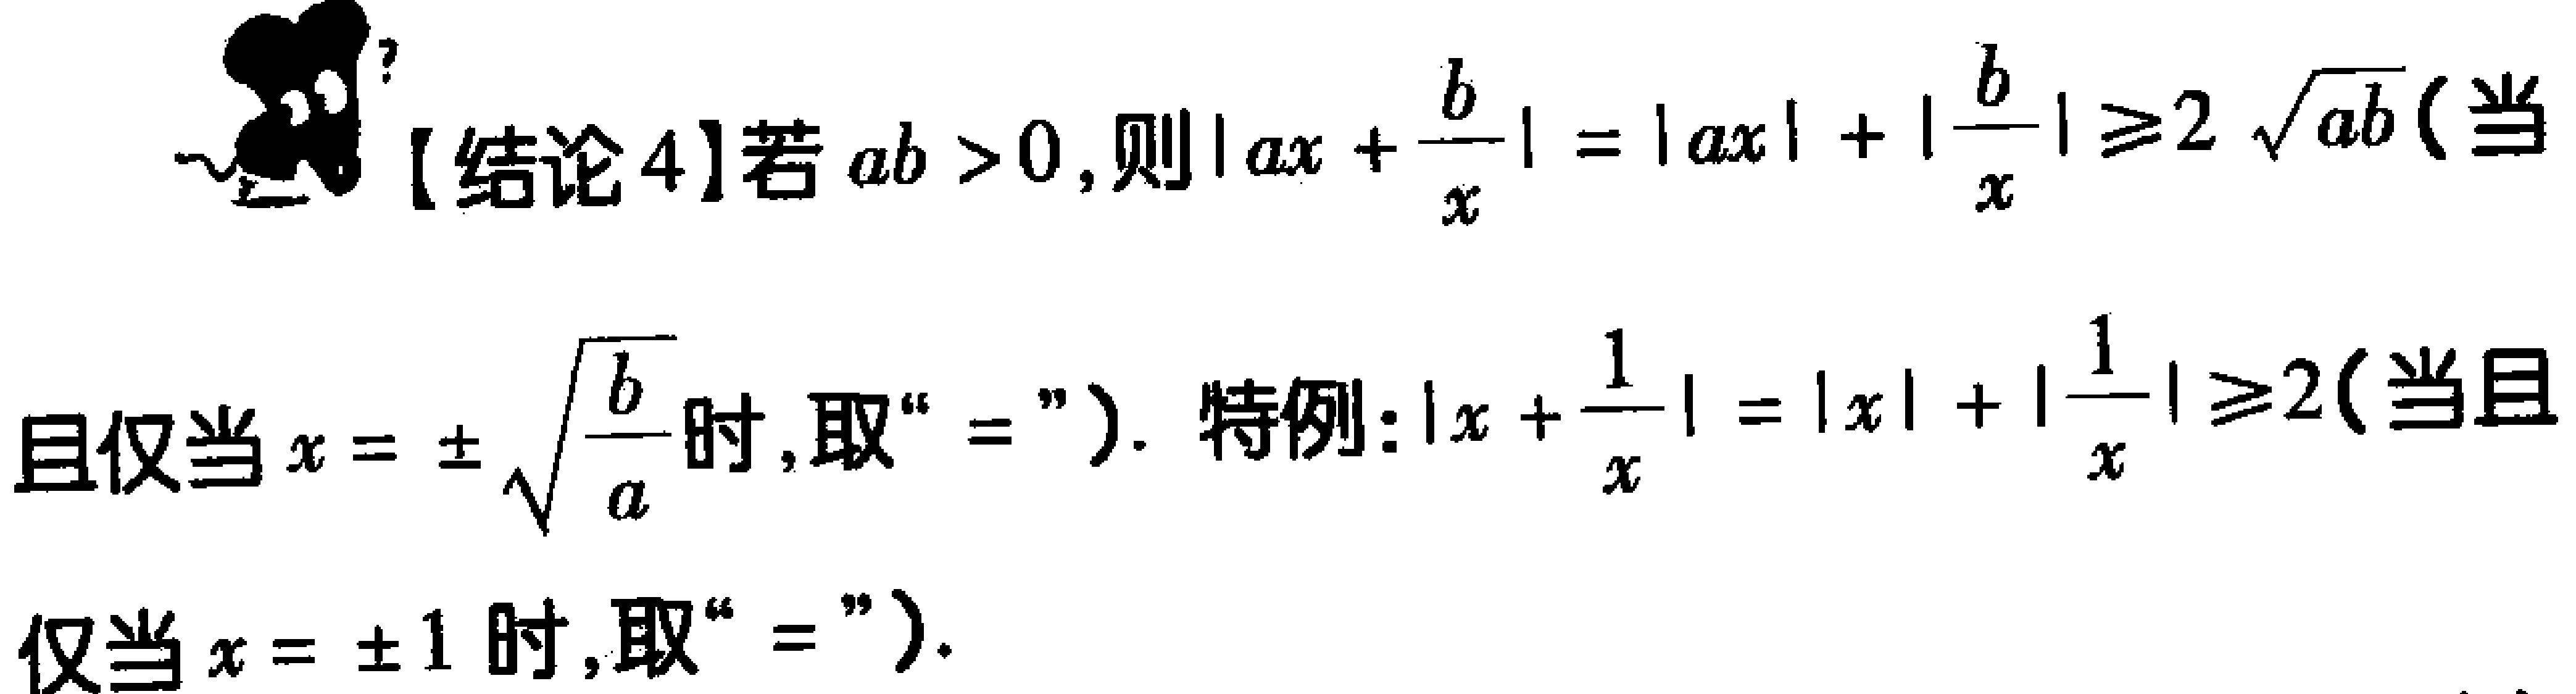
【结论4】若 \(ab > 0\)，则\(\left|ax+\frac{b}{x}\right|=\left|ax\right|+\left|\frac{b}{x}\right|\geqslant2\sqrt{ab}\)（当且仅当 \(x = \pm\sqrt{\frac{b}{a}}\) 时，取“\(=\)”）. 特例：\(\left|x+\frac{1}{x}\right|=\left|x\right|+\left|\frac{1}{x}\right|\geqslant2\)（当且仅当 \(x = \pm1\) 时，取“\(=\)”）.